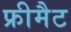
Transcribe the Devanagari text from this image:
फ्रीमैट